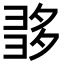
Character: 𡖩